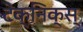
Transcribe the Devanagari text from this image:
टेक्निक्स्